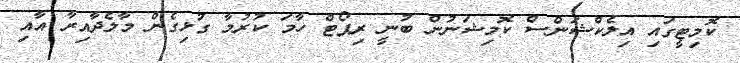
ކޮމިޓީގައި އިލެކްޝަންސް ކޮމިޝަނުން ބުނީ ރިޕޯޓް ހާމަ ކުރުމާ ގުޅިގެން މާލެދާއިރާ އާއި